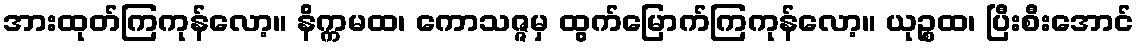
အားထုတ်ကြကုန်လော့။ နိက္ကမထ၊ ကောသဇ္ဇမှ ထွက်မြောက်ကြကုန်လော့။ ယုဉ္စထ၊ ပြီးစီးအောင်